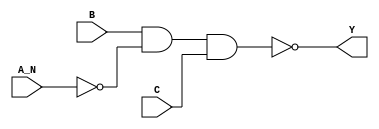
module sky130_fd_sc_hd__nand3b (
    Y  ,
    A_N,
    B  ,
    C
);

    // Module ports
    output Y  ;
    input  A_N;
    input  B  ;
    input  C  ;

    // Local signals
    wire not0_out   ;
    wire nand0_out_Y;

    //   Name   Output       Other arguments
    not  not0  (not0_out   , A_N            );
    nand nand0 (nand0_out_Y, B, not0_out, C );
    buf  buf0  (Y          , nand0_out_Y    );

endmodule